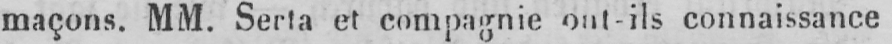
maçons. MM. Serta et compagnie ont-ils connaissance